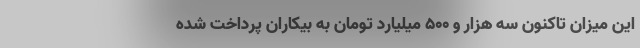
این میزان تاکنون سه هزار و ۵۰۰ میلیارد تومان به بیکاران پرداخت شده